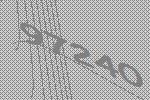
97240